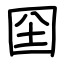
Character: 囶